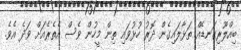
ބިއްލޫރިގަނޑެއް ތަޅާލައިގެން ދޮރު ހުޅުވައި ތިން މީހުން ވެސް އެތެރެއަށް ވަދެ އެވެ.